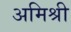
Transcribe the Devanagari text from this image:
अमिश्री